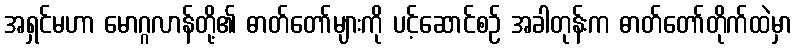
အရှင်မဟာ မောဂ္ဂလာန်တို့၏ ဓာတ်တော်များကို ပင့်ဆောင်စဉ် အခါတုန်းက ဓာတ်တော်တိုက်ထဲမှာ